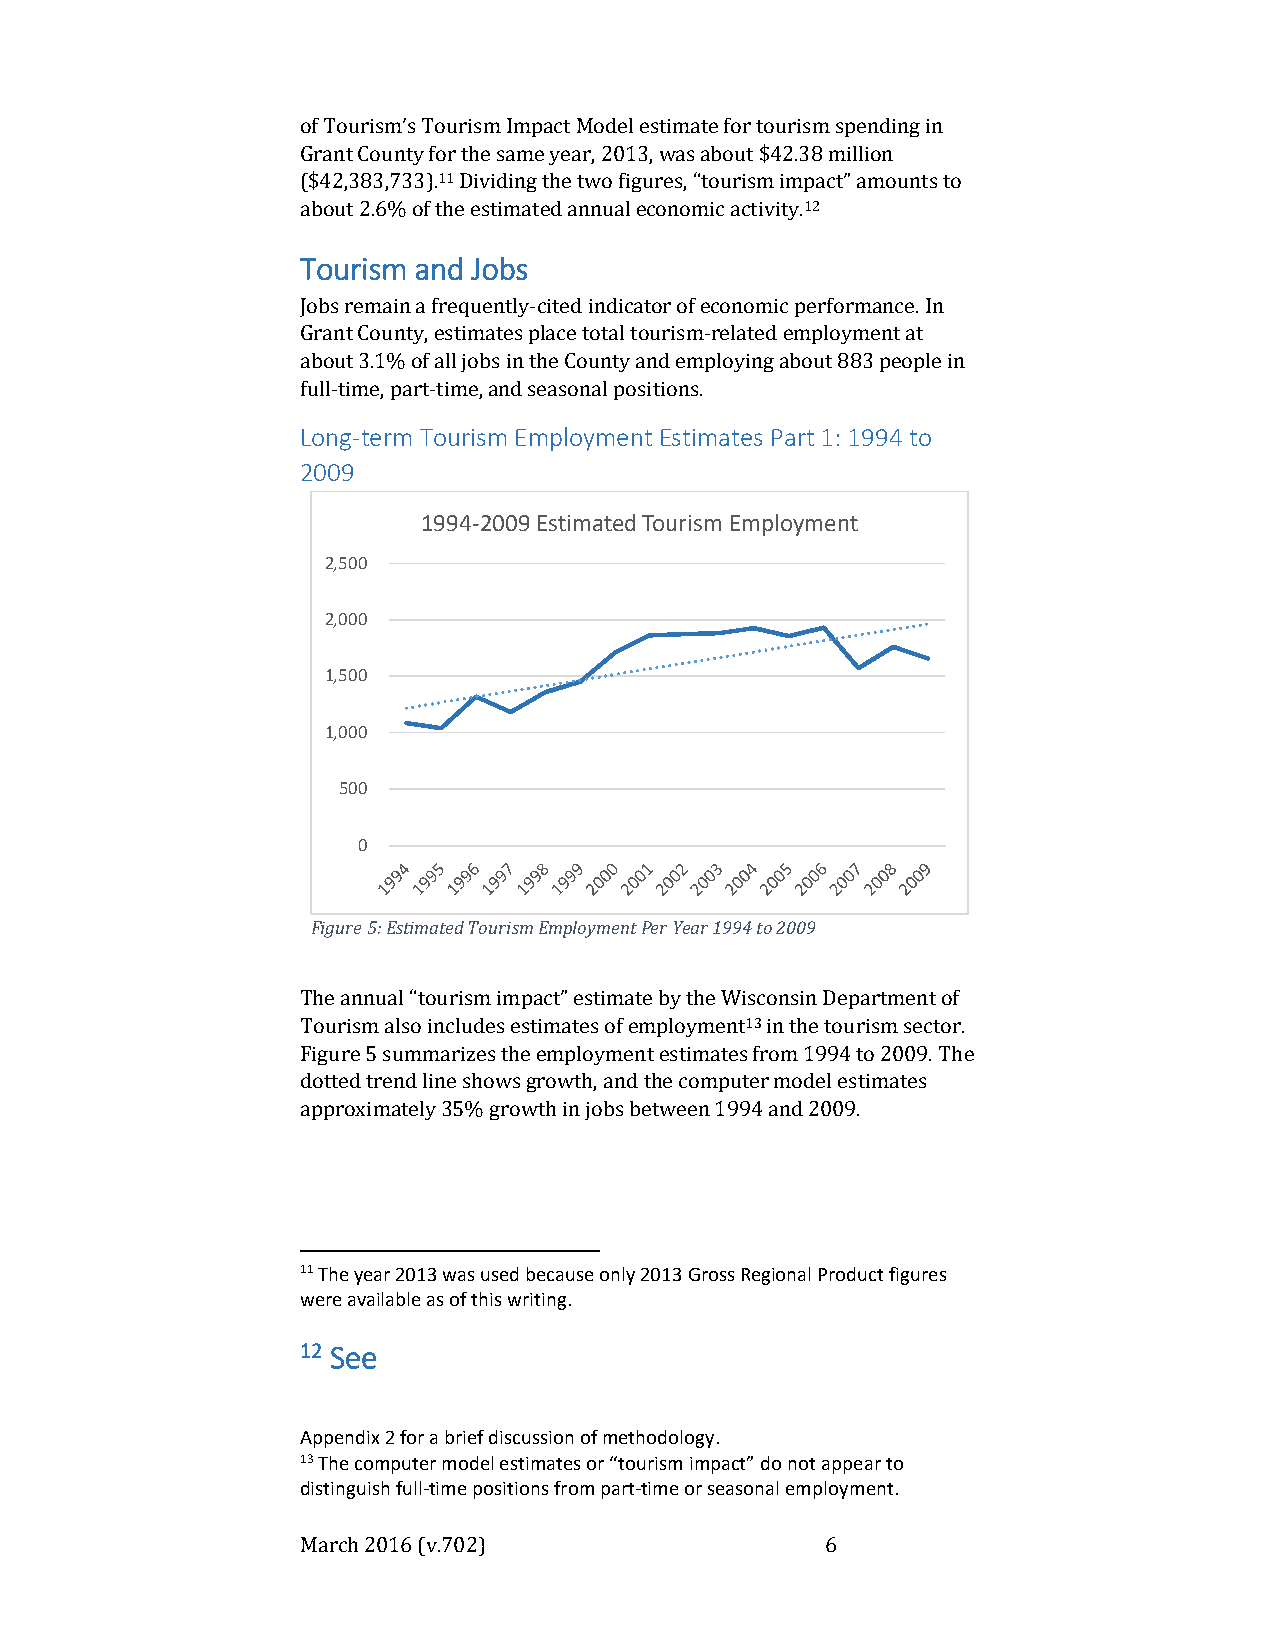
of Tourism’s Tourism Impact Model estimate for tourism spending in
 Grant County for the same year, 2013, was about $42.38 million
 ($42,383,733).11 Dividing the two figures, “tourism impact” amounts to
 about 2.6% of the estimated annual economic activity.12
 Tourism and Jobs
 Jobs remain a frequently-cited indicator of economic performance. In
 Grant County, estimates place total tourism-related employment at
 about 3.1% of all jobs in the County and employing about 883 people in
 full-time, part-time, and seasonal positions.
 Long-term Tourism Employment Estimates Part 1: 1994 to
 2009
 1994-2009 Estimated Tourism Employment
 2,500
 2,000
 1,500
 1,000
 500
 0
 Figure 5: Estimated Tourism Employment Per Year 1994 to 2009
 The annual “tourism impact” estimate by the Wisconsin Department of
 Tourism also includes estimates of employment13 in the tourism sector.
 Figure 5 summarizes the employment estimates from 1994 to 2009. The
 dotted trend line shows growth, and the computer model estimates
 approximately 35% growth in jobs between 1994 and 2009.
 11 The year 2013 was used because only 2013 Gross Regional Product figures
 were available as of this writing.
 12 See
 Appendix 2 for a brief discussion of methodology.
 13 The computer model estimates or “tourism impact” do not appear to
 distinguish full-time positions from part-time or seasonal employment.
 March 2016 (v.702)                 6